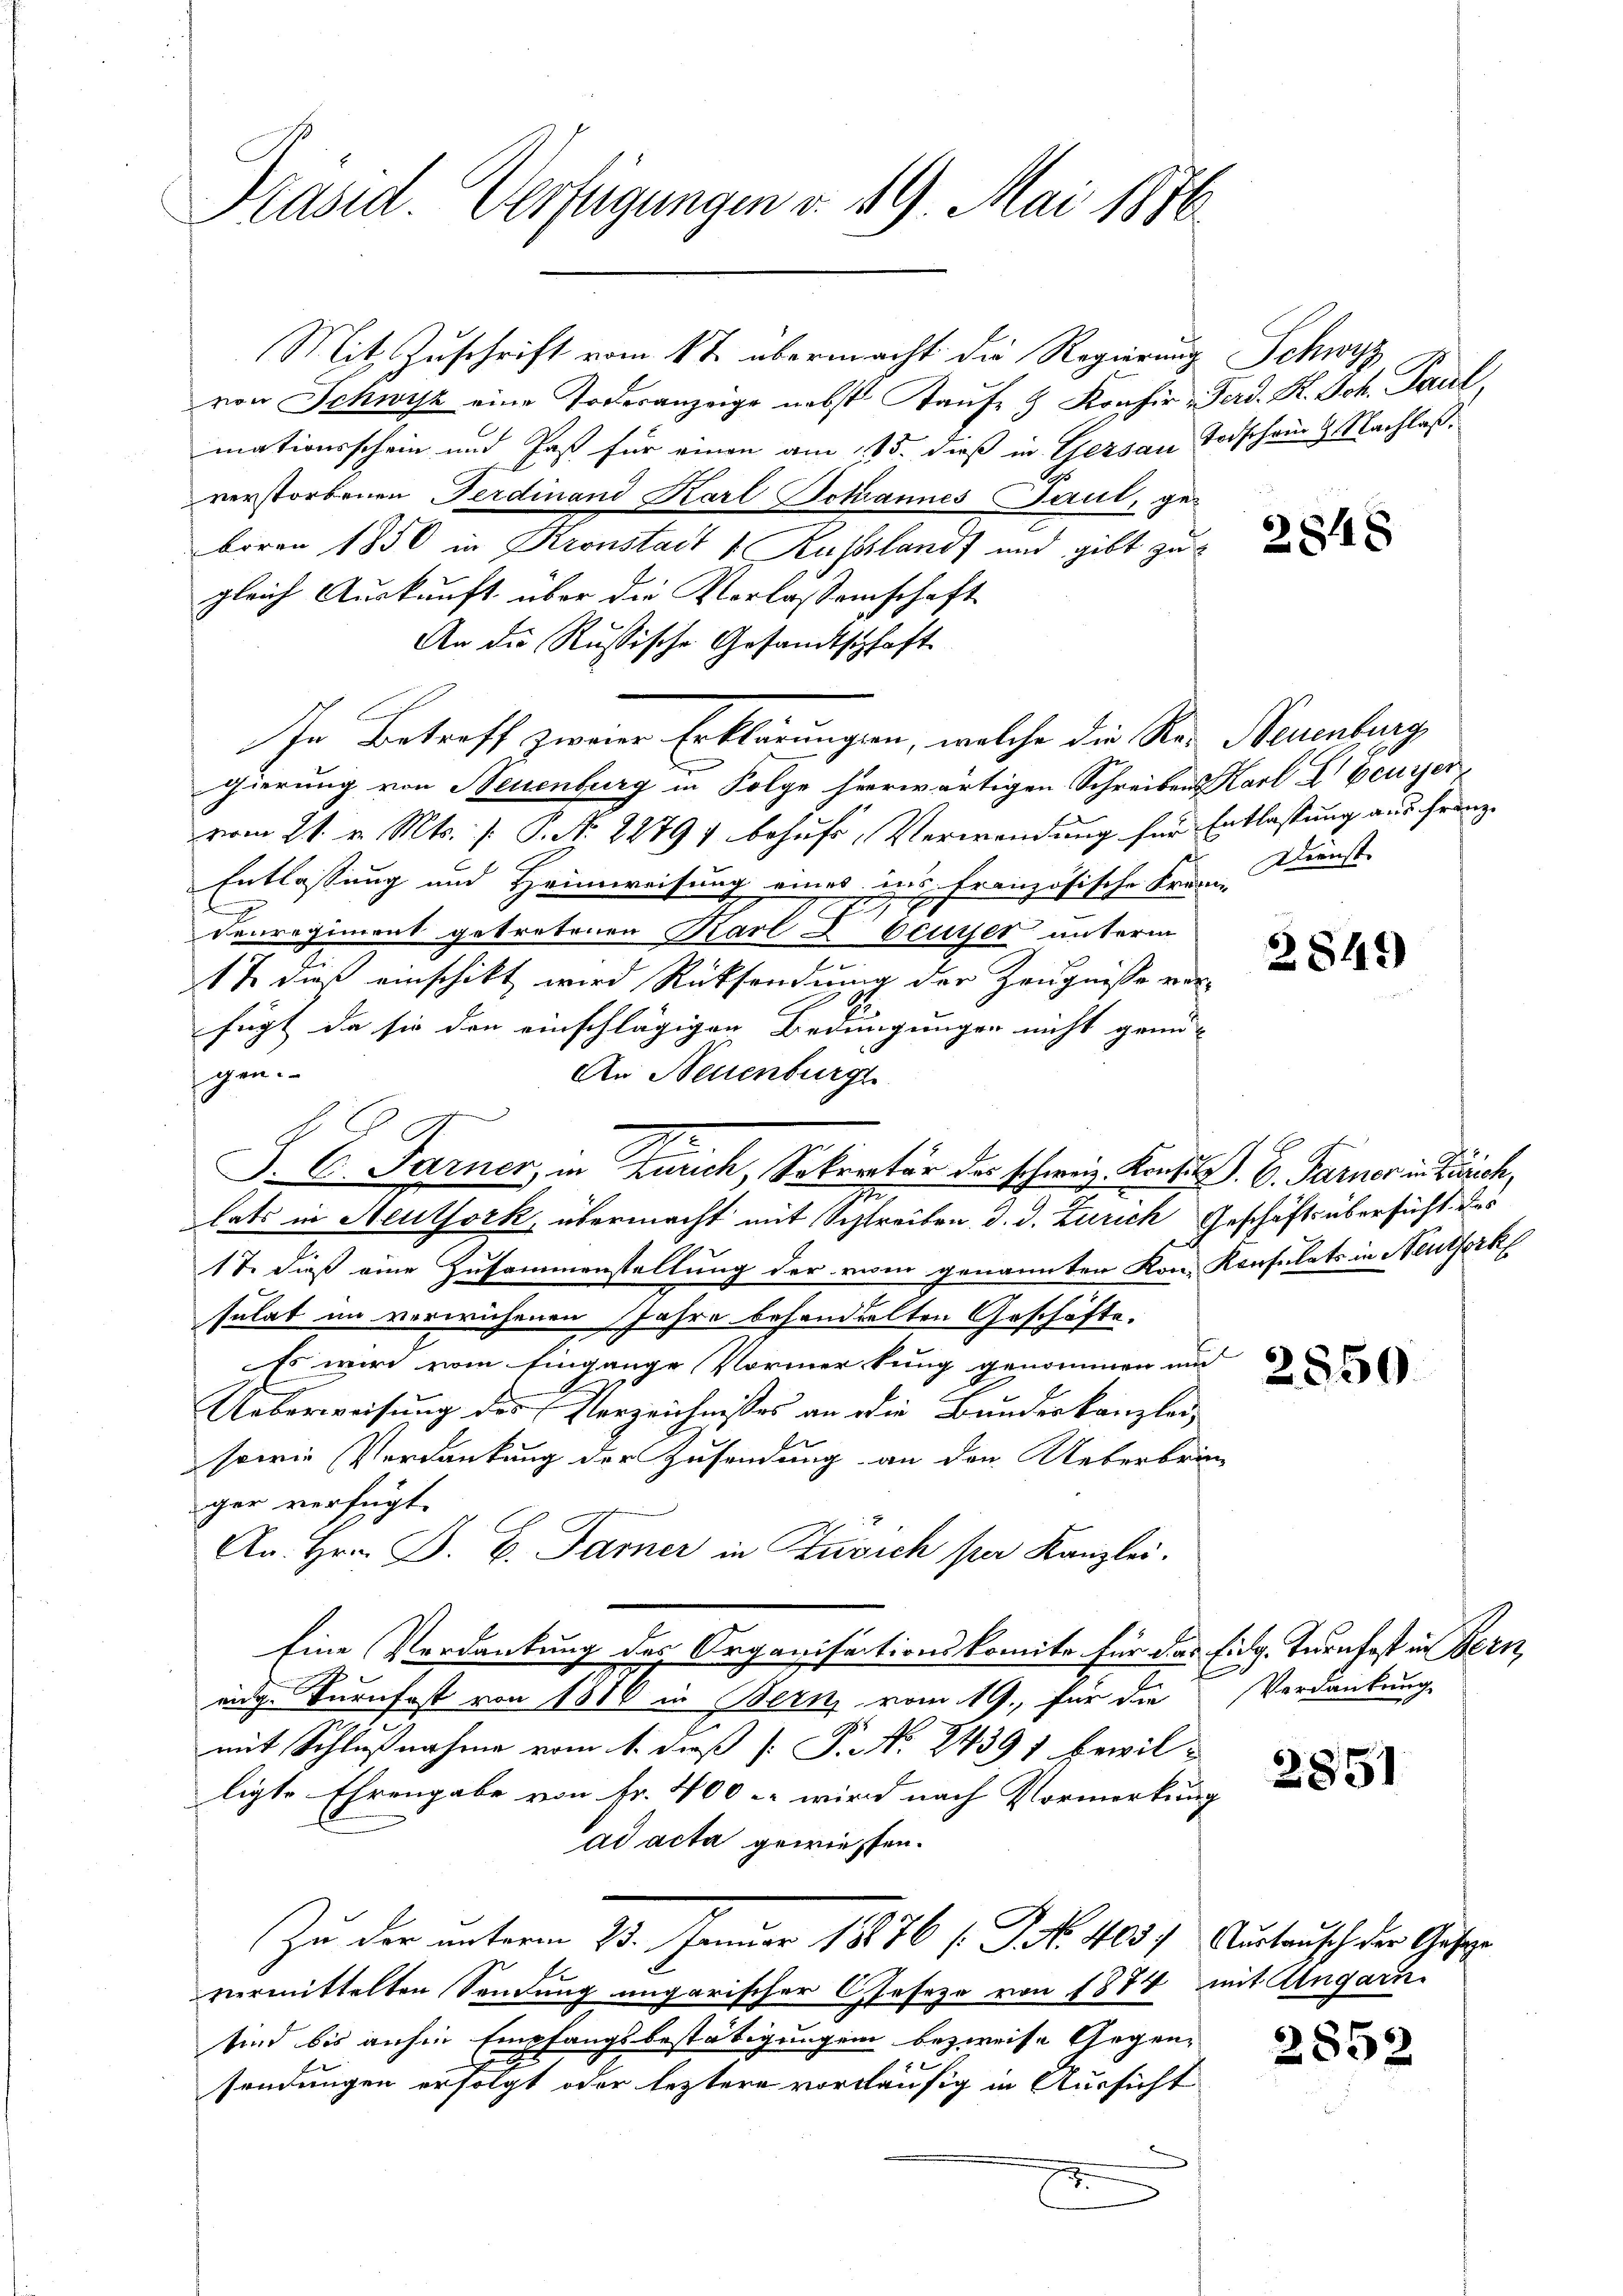
Präsid. Verfügungen v. 19. Mai 1876.

Mit Zuschrift vom 1te übermacht die Regierung Schwyz
von Schwyz eine Todesanzeige nebst Kaŭfe & Konfir - Ferd. H. Joh. Paul
mationsschein und Paß für einen am 115. dieß in Gersau Todschein & Nachlaßverstorbenen Ferdinand Karl Jokiannes Paul, ge-
boren 1850 in Kronstadt Russland und gibt zu
gleich Auskunft über die Verlassenschaft
An die Rußische Gesandtschaft
In Betreff zweier Erklärungen, welche die Res Neuenburg,
gierung von Neuenburg in Folge heerwärtigen Schreibens Karl L Ecurser
vom 21. v. Mts. f. P. Nr. 22797 behufe, Verwendung für Entlassung aus franz-
Entlassung und Heimweisung eines ins Französische Franz Kunst
Denregiment getretenen Karl Z beurer unterm
17 dieß einschikt wird Rücksendung der Zeugnisse vorfügt da sie den einschlägigen Bedingungen nicht genü-
gen.
An Neuenburg
J. C. Farner, in Zürich, Sekretär der schweiz. Kontol. C. Farner in Zürich,
1.
lats in Heuthork, übermacht mit Schreiben d. d. Zürich Geschäftsübersucht des
17. dieß eine Zusammenstellung der vom genannten Kon- Konsulats in Neuthork
sulat im verwuchenen Jahre behandelten Geschäfte.
Es wird vom Eingange Vormerkung genommen und
l
Ueberweisung des Verzeichnisses an die Bundeskanzlei,
sowie Verdankung der Zusendung an den Ueberbrin
ger verfügt.
An Hrn. G. B. Farner in Zusich par Kanzlei.
Eine Verdankung des Organisationskomite für das Eidg. Turnfest in Bern,
eidg. Turnfest von 1880 in Bern vom 19. für die Verdankung
mit Schlußnahme vom 1. daß [ P. No. 24391 bewil-
ligte Ehrengabe von Fr. 400 - wird nach Vormerkung
ad acta gewiesen.
Zu der unterm 23. Januar 18876 (S. 403) Austausch der Gese
2
vermittelten Sendung ungarischer Geseze von 1874 mit Angarn
sind bis anhin Empfangsbestätigungen bezweife Gegen-
sendungen erfolgt oder leztere vorläufig in Aussicht
E

2848

2849

2550.

2851

2852